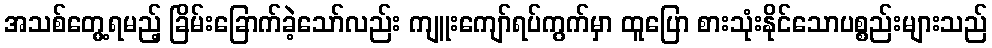
အသစ်တွေ့ရမည့် ခြိမ်းခြောက်ခဲ့သော်လည်း ကျူးကျော်ရပ်ကွက်မှာ ထူပြော စားသုံးနိုင်သောပစ္စည်းများသည်